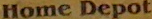
Home Depot